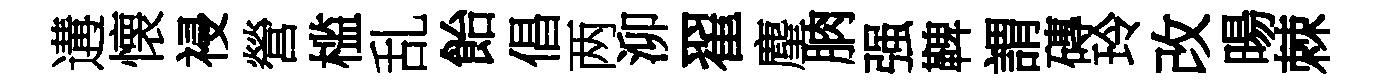
遘懐祲營槛乱飴倡两泖翟麈朒强鞞謂磚玲改暘棘